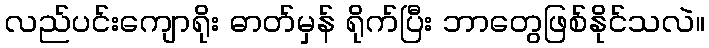
လည်ပင်းကျောရိုး ဓာတ်မှန် ရိုက်ပြီး ဘာတွေဖြစ်နိုင်သလဲ။